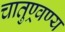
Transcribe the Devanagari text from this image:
चातुण्र्वण्य